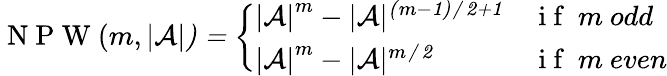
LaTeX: \mathrm{~N~P~W~}(m,|\cal{A}|)=\left\{ \begin{array}{ll}{{|\cal{A}|}^{m}-|\cal{A}|^{(m-1)/2+1}}&{\mathrm{~i~f~}\ m\ odd}\\ {{|\cal{A}|}^{m}-|\cal{A}|^{m/2}}&{\mathrm{~i~f~}\ m\ even}\end{array}\right.